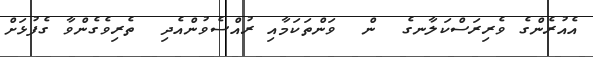
އެއުރެންގެ ވެރިރަސްކަލާނގެ  ން  ވަންތަކަމާއި ރުއްސެވުންއެދި  ތެރިިވެގެންވާ ގެފުޅަށް